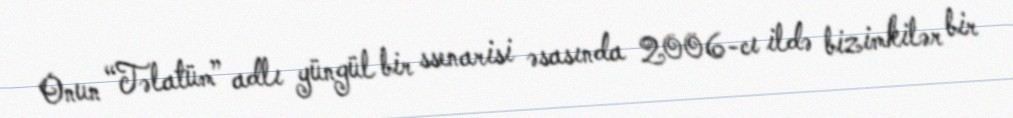
Onun “Təlatüm” adlı yüngül bir ssenarisi əsasında 2006-cı ildə bizimkilər bir